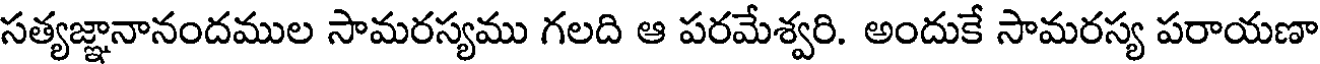
సత్యజ్ఞానానందముల సామరస్యము గలది ఆ పరమేశ్వరి. అందుకే సామరస్య పరాయణా